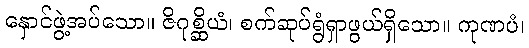
နှောင်ဖွဲ့အပ်သော။ ဇိဂုစ္ဆိယံ၊ စက်ဆုပ်ရွံရှာဖွယ်ရှိသော။ ကုဏပံ၊